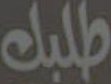
طلبك